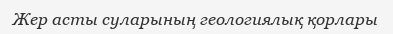
Жер асты суларының геологиялық қорлары